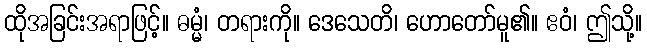
ထိုအခြင်းအရာဖြင့်။ ဓမ္မံ၊ တရားကို။ ဒေသေတိ၊ ဟောတော်မူ၏။ ဧဝံ၊ ဤသို့။